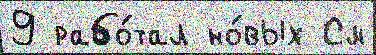
9 рабо́тал но́вых См